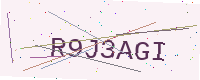
Text: R9J3AGI